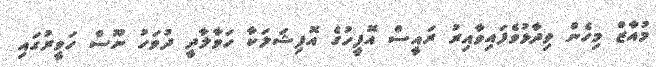
މުއާޒް މިހެން ވިދާޅުވެފައިވާއިރު ރައީސް އޮފީހުގެ އޮފިޝަލަކާ ހަވާލާދީ ދުވަހު ނޫސް ހަވީރުގައި